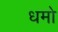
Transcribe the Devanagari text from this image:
धमो